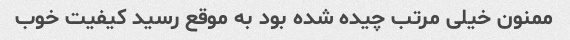
ممنون خیلی مرتب چیده شده بود به موقع رسید کیفیت خوب